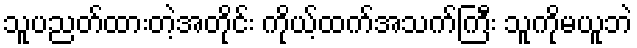
သူပညတ်ထားတဲ့အတိုင်း ကိုယ့်ထက်အသက်ကြီး သူကိုမယူဘဲ